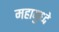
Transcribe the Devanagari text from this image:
महायुध्दे